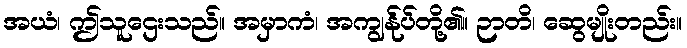
အယံ၊ ဤသူဌေးသည်။ အမှာကံ၊ အကျွန်ုပ်တို့၏။ ဉာတိ၊ ဆွေမျိုးတည်း။